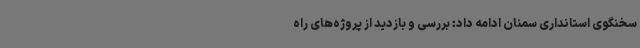
سخنگوی استانداری سمنان ادامه داد: بررسی و بازدید از پروژه‌های راه